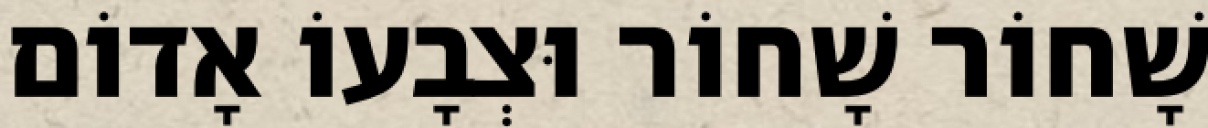
שָׁחוֹר שָׁחוֹר וּצְבָעוֹ אָדוֹם